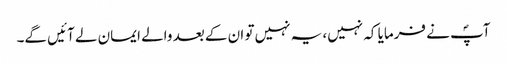
آپؐ نے فرمایا کہ نہیں، یہ نہیں تو ان کے بعد والے ایمان لے آئیں گے۔